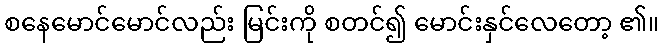
စနေမောင်မောင်လည်း မြင်းကို စတင်၍ မောင်းနှင်လေတော့ ၏။